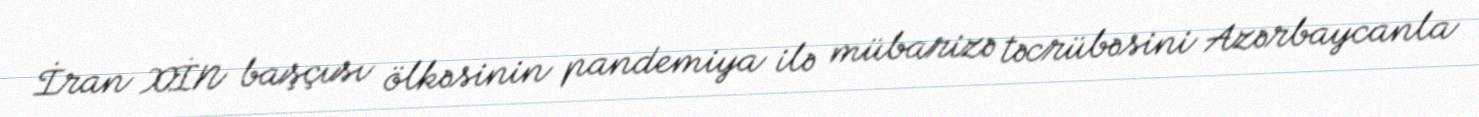
İran XİN başçısı ölkəsinin pandemiya ilə mübarizə təcrübəsini Azərbaycanla